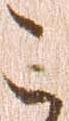
こ